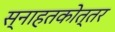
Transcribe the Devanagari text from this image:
स्नाहतकोत्तर